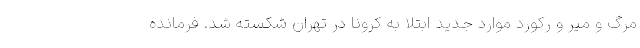
مرگ و میر و رکورد موارد جدید ابتلا به کرونا در تهران شکسته شد. فرمانده